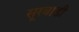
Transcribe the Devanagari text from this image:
सूरवाडी